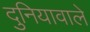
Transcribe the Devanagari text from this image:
दुनियावाले